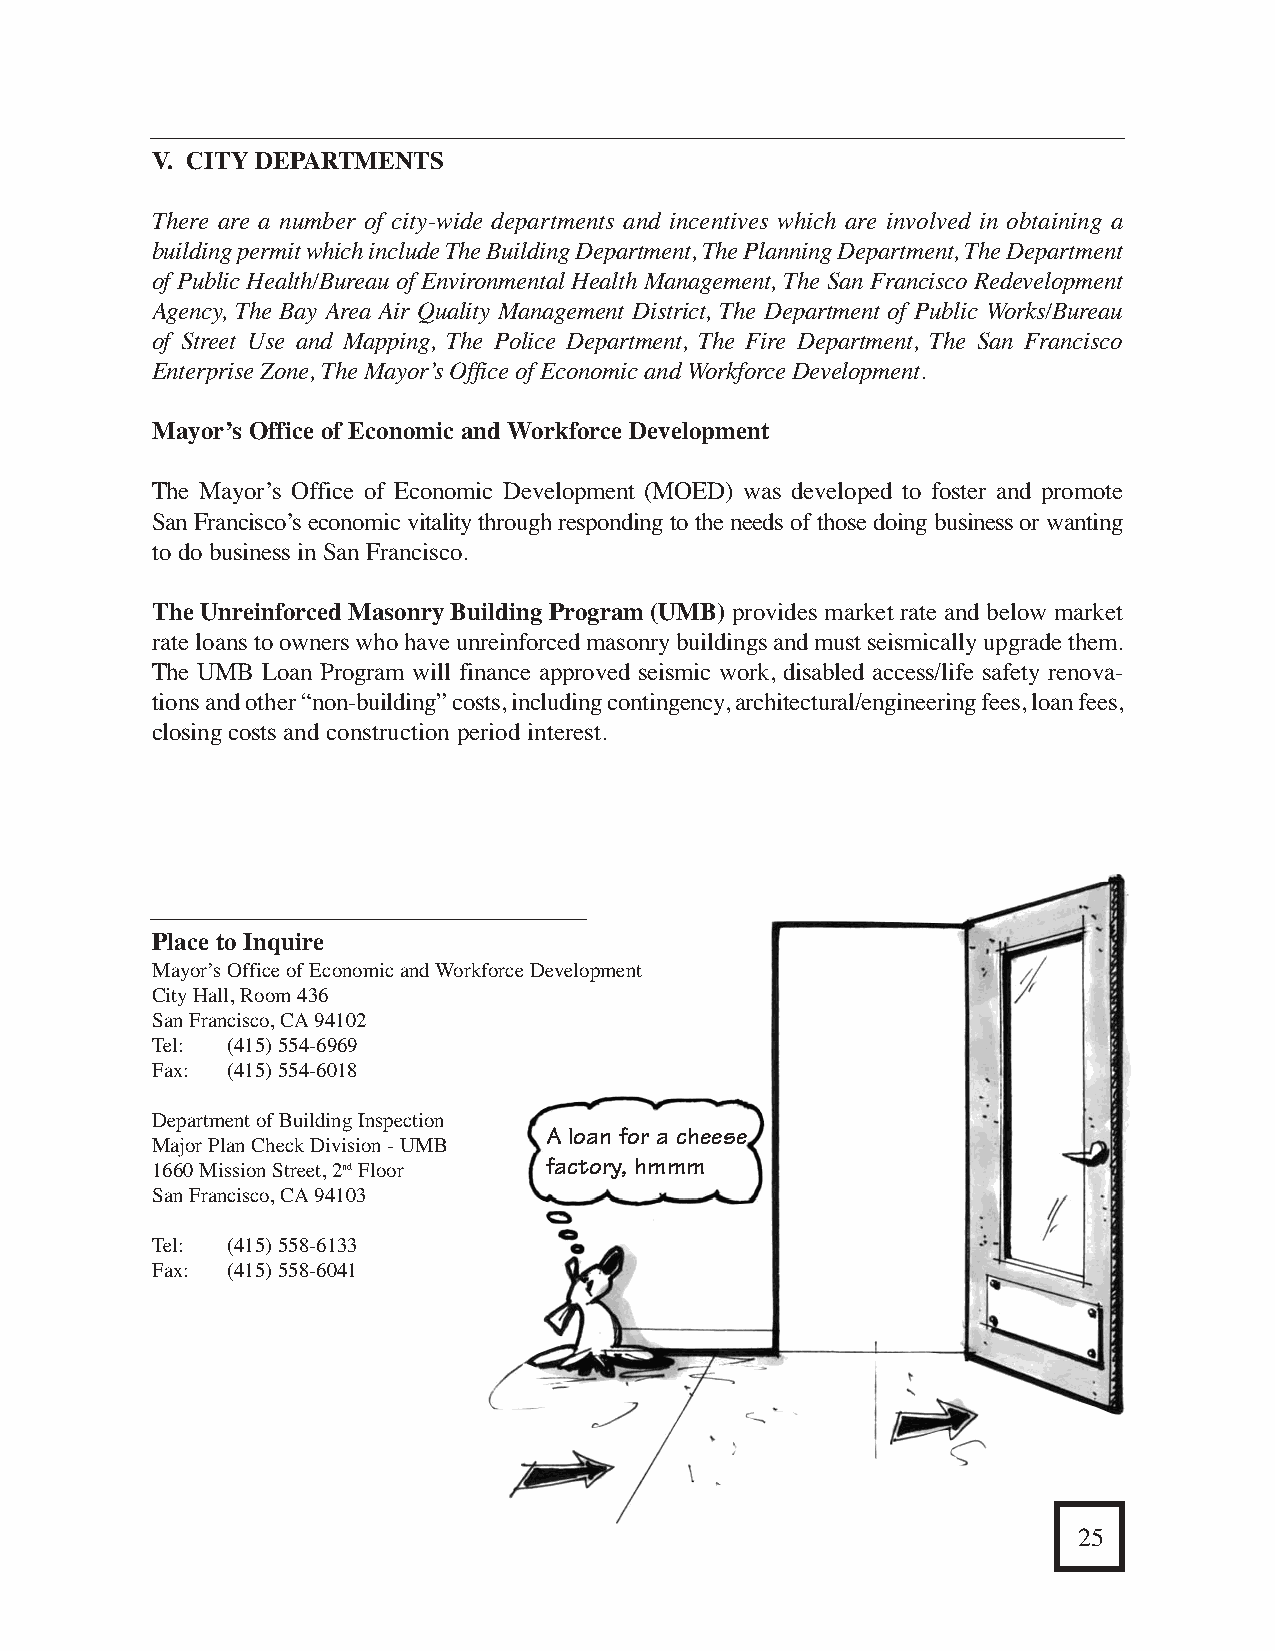
V. CITYDEPARTMENTS                                                                  V. CITYDEPARTMENTS
 Department of Building Inspection                                                   There are a number of city-wide departments and incentives which are involved in obtaining a
 building permit which include The Building Department, The Planning Department, The Department
 The Department of Building Inspection is responsible for enforcing codes which provide minimum of Public Health/Bureau of Environmental Health Management, The San Francisco Redevelopment
 standards which protect life safety, health, property and welfare of the general public. It does this Agency, The Bay Area Air Quality Management District, The Department of Public Works/Bureau
 by regulating and controlling the design, construction, quality of materials, use and occupancy, of Street Use and Mapping, The Police Department, The Fire Department, The San Francisco
 location and maintenance of all buildings and structures within its jurisdiction and even certain Enterprise Zone, The Mayor’s Office of Economic and Workforce Development.
 specifically-regulated equipment.
 Mayor’s Office of Economic and Workforce Development
 The Department of Building Inspection is made up of various divisions which have particular
 functions such as plan review, inspections, code enforcement, disabled access, earthquake The Mayor’s Office of Economic Development (MOED) was developed to foster and promote
 preparedness, special programs, lead hazard reduction. Please refer to Section VI, Resource San Francisco’s economic vitality through responding to the needs of those doing business or wanting
 Directory - Department of Building Inspection, of this booklet for each division and its telephone to do business in San Francisco.
 number. It will also be helpful for you to refer to Sections I, II and III, Steps One through Six, in
 order to get a better understanding of the building permit process. In Section One of this booklet, The Unreinforced Masonry Building Program (UMB) provides market rate and below market
 the first subject deals with identifying whether or not a building permit is needed. This is a very rate loans to owners who have unreinforced masonry buildings and must seismically upgrade them.
 important section that should be read before signing any lease agreements, purchasing any The UMB Loan Program will finance approved seismic work, disabled access/life safety renova-
 properties with intention to construct in oron them, occupying any existing space with a new tions and other“non-building” costs, including contingency, architectural/engineering fees, loan fees,
 use ordoing any new construction. Section One is your first step taken in getting a city permit, closing costs and construction period interest.
 and getting to know the Department of Building Inspection. If, after using this booklet, you have any
 questions regarding this department use the contact information below.
 Place to Inquire
 Mayor’s Office of Economic and Workforce Development
 City Hall, Room 436
 San Francisco, CA94102
 Tel: (415) 554-6969
 Fax: (415) 554-6018
 Department of Building Inspection
 A loan for a cheese
 Major Plan Check Division - UMB
 1660 Mission Street, 2ndFloor factory, hmmm
 San Francisco, CA94103
 Dept. of
 Building                                          Tel: (415) 558-6133
 ForMore Information               Inspection                                        Fax: (415) 558-6041
 Department of Building Inspection
 Public Services Division
 1660 Mission Street, 1stFloor
 San Francisco, CA94103
 Tel: (415) 558-6088
 Fax: (415) 558-6401
 24                                                                                                                                              25